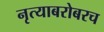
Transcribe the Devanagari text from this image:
नृत्याबरोबरच